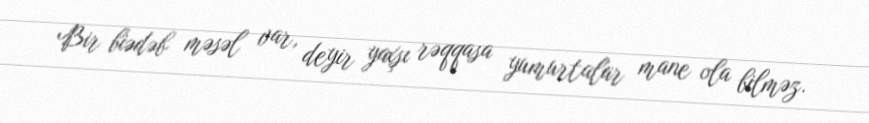
Bir biədəb məsəl var, deyir yaxşı rəqqasa yumurtalar mane ola bilməz.